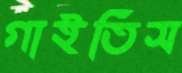
গাইতিস